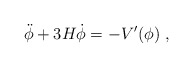
\begin{align*} \ddot\phi + 3H\dot\phi = -{V'(\phi)} \ ,\end{align*}